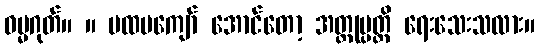
ဓမ္မဂုတ်။ ။ ပထမကျော် အောင်တော့ အတ္ထုပ္ပတ္တိ ရေးသေးသလား။